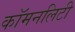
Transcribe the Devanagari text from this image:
कॉमनलिटी